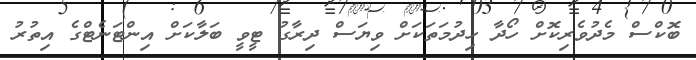
ބޮކްސް މެދުވެރިކޮށް ހޯދާ ހިދުމަތަކަށް ވިޔަސް ދިރާގު ޓީވީ ބަލާކަށް އިންޓަނެޓްގެ އިތުރު